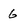
Character: 6